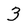
Character: 3